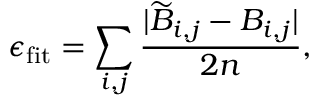
\epsilon _ { \mathrm { f i t } } = \sum _ { i , j } { \frac { | \widetilde { B } _ { i , j } - B _ { i , j } | } { 2 n } } ,